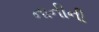
નાનીની